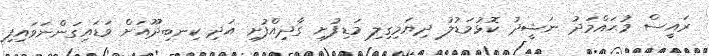
ރައީސް މުޙައްމަދު ނަޝީދު ކޮޅުމަޑުލު ދިޔަމިގިލި މަޑިފުށި ގާދިއްފުށި އަދި ކިނބިދޫއަށް ވަޑައިގަންނަވައިފި